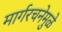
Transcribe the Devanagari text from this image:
मार्गरचनेमुळे